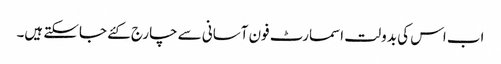
اب اس کی بدولت اسمارٹ فون آسانی سے چارج کئے جاسکتے ہیں۔